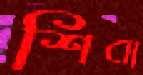
শিবা